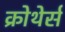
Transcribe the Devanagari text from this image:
क्रोथेर्स